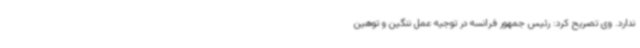
ندارد. وی تصریح کرد: رئیس جمهور فرانسه در توجیه عمل ننگین و توهین